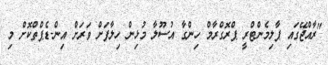
"ރާއްޖޭގައި ޕާލިމެންޓްރީ ޕްރޮގްރާމް ހިންގާ އުސޫލާ މުޅިން ހިލާފަށް ވަރަށް އިން-ޑެޕްތްކޮށް މި